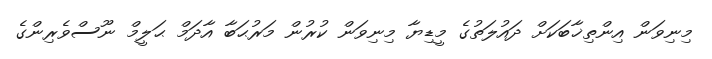
މިނިވަން އިންތިޚާބަކަށް ދައުލަތުގެ މީޑިޔާ މިނިވަން ކުރުން މަރުޙަބާ އާދަމް ޙަލީމް ނޫސްވެރިންގެ